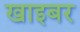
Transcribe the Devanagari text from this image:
खाइबर